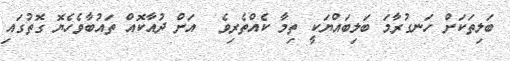
ބަލިތަކަށް ހަނގުރާމަ ބަލިބައްޔަކީ ތިމާ ކެއްތެރިވެ  އަށް ދުއާކޮއް ތައުބާވެހެޔޮ ގޮތުގައި